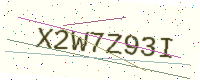
Text: X2W7Z93I